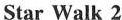
Star Walk 2